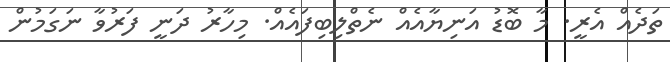
ތަދެއް އެރީ. މާ ބޮޑު އަނިޔާއެއް ނެތްލިބިފައެއް. މިހާރު ދަނީ ފަރުވާ ނަގަމުން